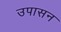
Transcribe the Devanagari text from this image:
उपासन